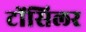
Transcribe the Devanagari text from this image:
टोंसिलर